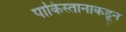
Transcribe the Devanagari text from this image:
पाकिस्तानाकडून